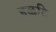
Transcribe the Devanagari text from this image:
हळदि